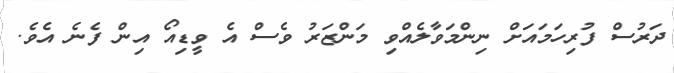
ދަރުސް ފުރިހަމައަށް ނިންމަވާލެއްވި މަންޒަރު ވެސް އެ ވީޑިއޯ އިން ފެނެ އެވެ.